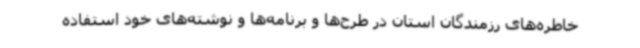
خاطره‌های رزمندگان استان در طرح‌ها و برنامه‌ها و نوشته‌های خود استفاده